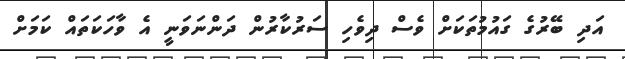
އަދި ބޭރުގެ ގައުމުތަކަށް ވެސް ދިވެހި ސަރުކާރުން ދަންނަވަނީ އެ ވާހަކަތައް ކަމަށް